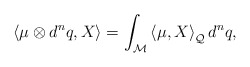
\begin{align*}\left\langle \mu \otimes d^{n}q,X\right\rangle =\int_{\mathcal{M}}\left\langle \mu ,X\right\rangle _{\mathcal{Q}}d^{n}q,\end{align*}